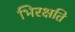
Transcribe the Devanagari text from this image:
भिरक्षति